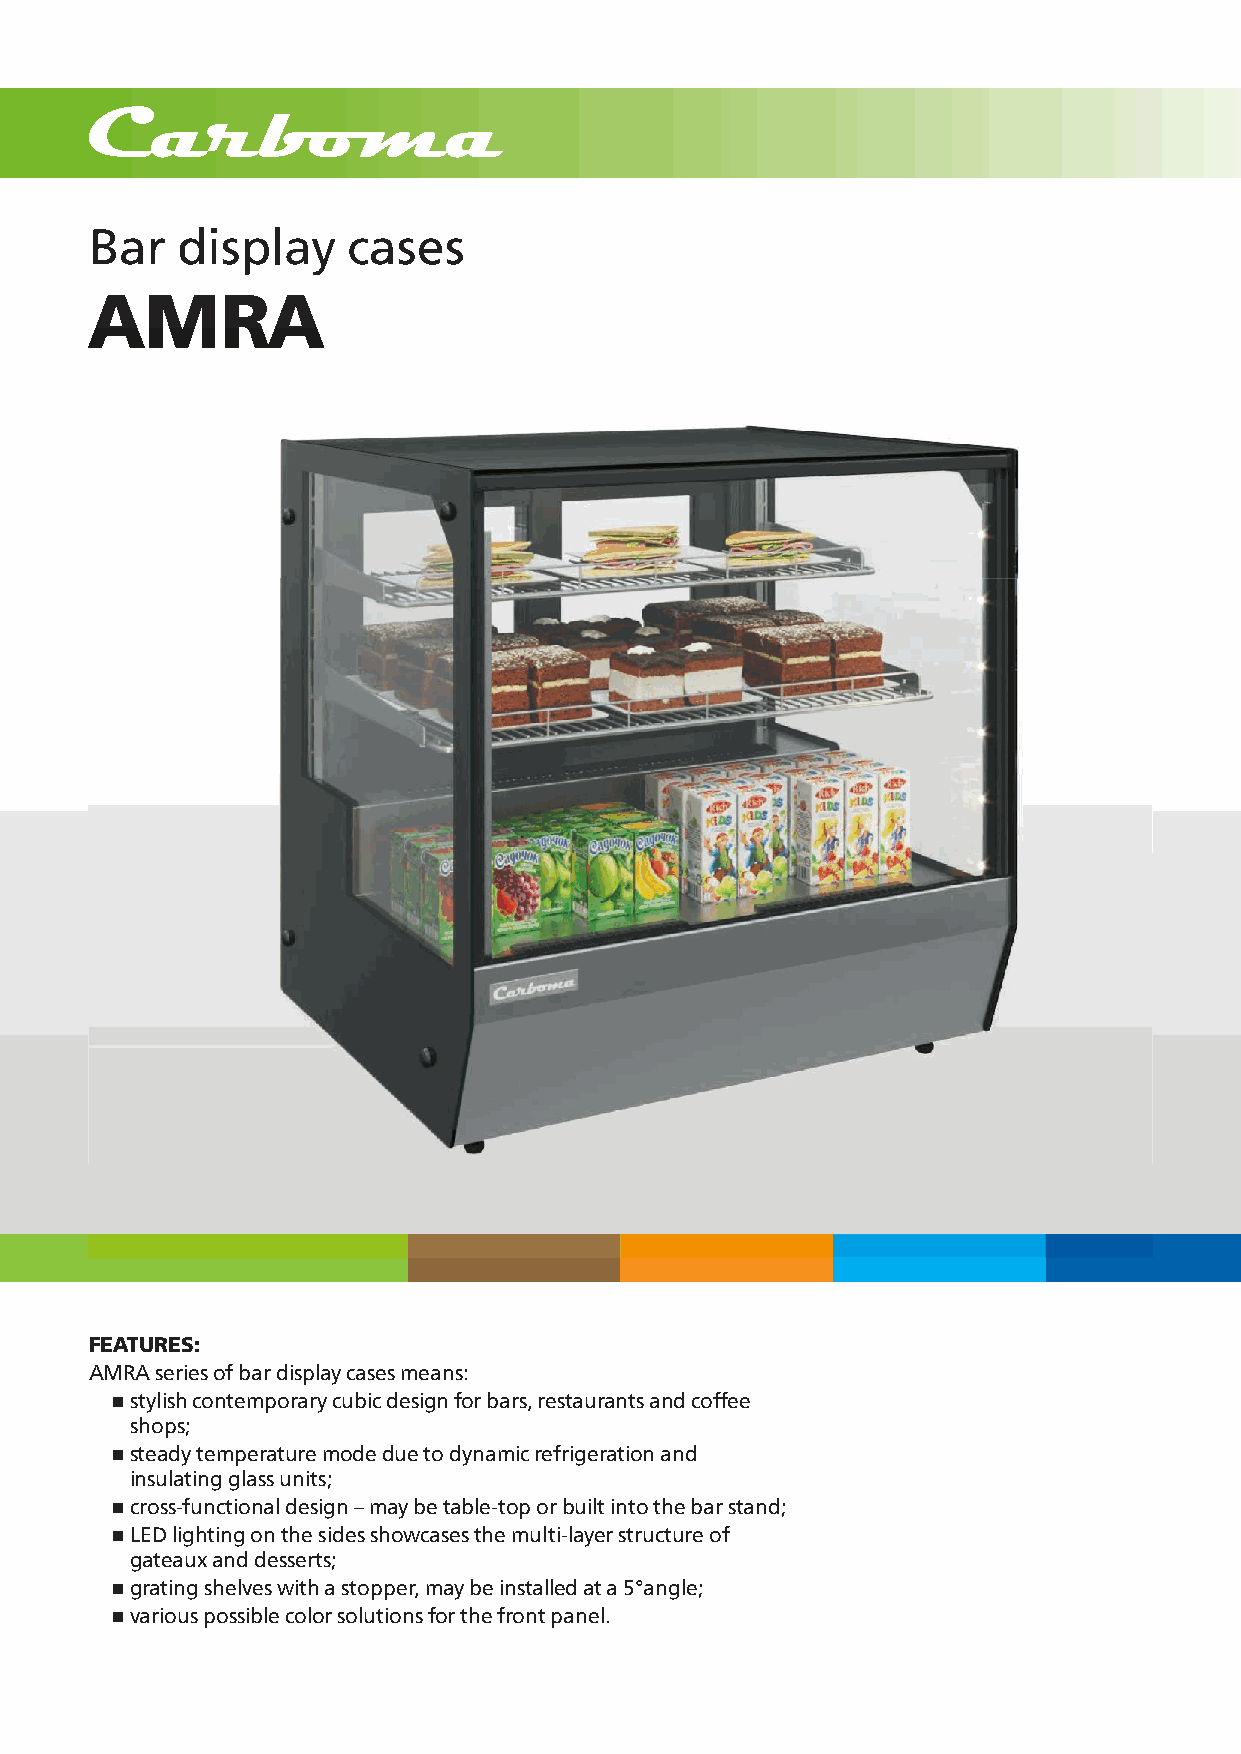
Bar   display    cases
 AAMMRRAA
 FEATURES:
 AMRA series of bar display cases means:
 n stylish contemporary cubic design for bars, restaurants and coffee
 shops;
 n steady temperature mode due to dynamic refrigeration and
 insulating glass units;
 n cross-functional design – may be table-top or built into the bar stand;
 n LED lighting on the sides showcases the multi-layer structure of
 gateaux and desserts;
 n grating shelves with a stopper, may be installed at a 5°angle;
 n various possible color solutions for the front panel.